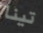
تينا